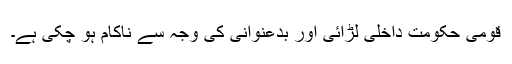
قومی حکومت داخلی لڑائی اور بدعنوانی کی وجہ سے ناکام ہو چکی ہے۔